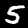
Digit: 5